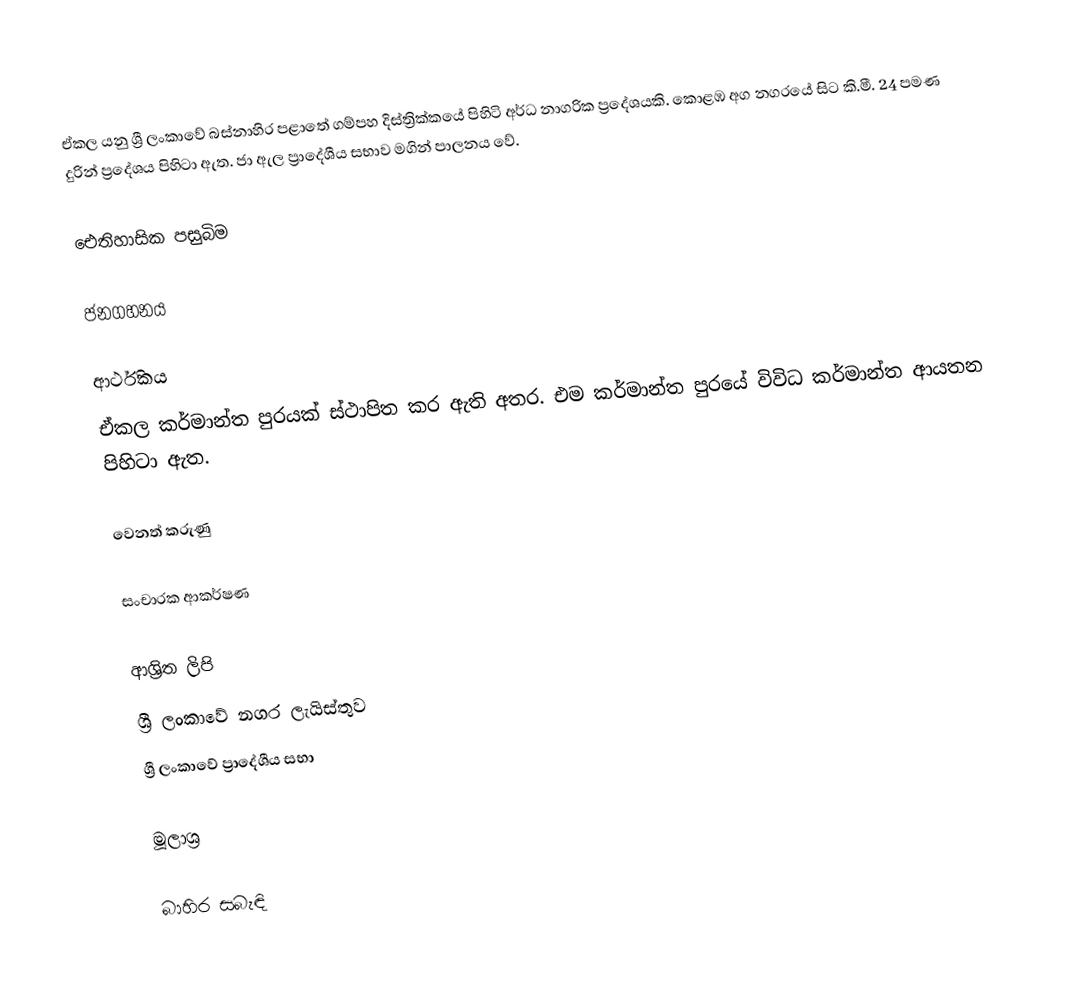
ඒකල යනු ශ්‍රී ලංකාවේ බස්නාහිර පළාතේ ගම්පහ දිස්ත්‍රික්කයේ පිහිටි අර්ධ නාගරික ප්‍රදේශයකි. කොළඹ අග නගරයේ සිට කි.මී. 24 පමණ දුරින් ප්‍රදේශය පිහිටා ඇත. ජා ඇල ප්‍රාදේශීය සභාව මගින් පාලනය වේ.

ඓතිහාසික පසුබිම

ජනගහනය

ආර්ථිකය
ඒකල කර්මාන්ත පුරයක් ස්ථාපිත කර ඇති අතර. එම කර්මාන්ත පුරයේ විවිධ කර්මාන්ත ආයතන පිහිටා ඇත.

වෙනත් කරුණු

සංචාරක ආකර්ෂණ

ආශ්‍රිත ලිපි
 ශ්‍රී ලංකාවේ නගර ලැයිස්තුව
 ශ්‍රී ලංකාවේ ප්‍රාදේශීය සභා

මූලාශ්‍ර

බාහිර සබැඳි